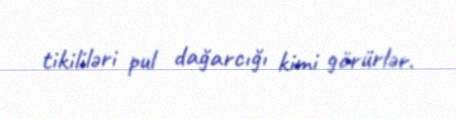
tikililəri pul dağarcığı kimi görürlər.